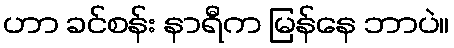
ဟာ ခင်စန်း နာရီက မြန်နေ ဘာပဲ။